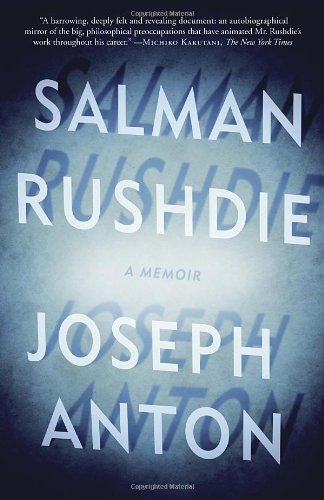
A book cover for Joseph Anton: A Memoir; Salman Rushdie; Religion & Spirituality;